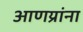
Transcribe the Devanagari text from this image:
आणय्रांना